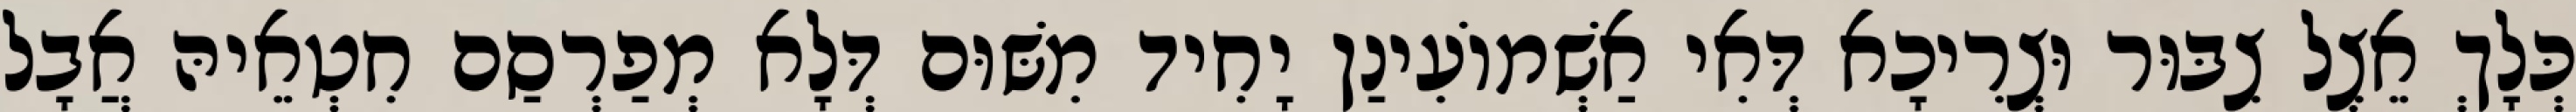
כְּלָךְ אֵצֶל צִבּוּר וּצְרִיכָא דְּאִי אַשְׁמוֹעִינַן יָחִיד מִשּׁוּם דְּלָא מְפַרְסַם חִטְאֵיהּ אֲבָל